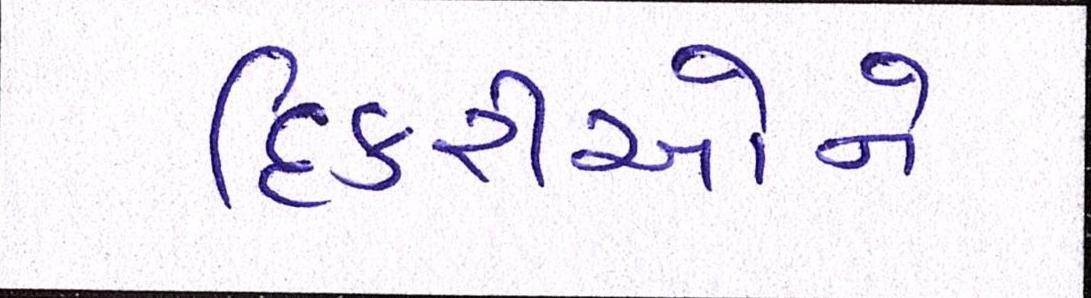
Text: દિકરીઓને